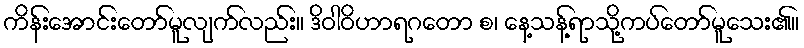
ကိန်းအောင်းတော်မူလျက်လည်း။ ဒိဝါဝိဟာရဂတော စ၊ နေ့သန့်ရာသို့ကပ်တော်မူသေး၏။